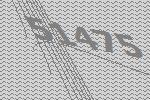
51475